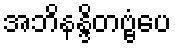
အဘိနန္ဒိတဗ္ဗံပေ